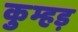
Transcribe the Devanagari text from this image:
कुम्हड़